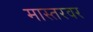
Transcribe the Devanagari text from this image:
मास्तरवर